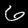
Digit: 6